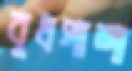
বুধপাশা